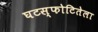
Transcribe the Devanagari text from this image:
घटस्फोटितेला